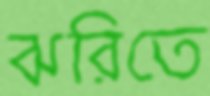
ঝরিতে